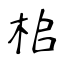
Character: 桘